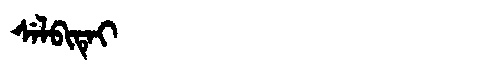
Manchu: ᠰᡝᠯᠪᡳᡨᡝᡳ
Romanization: SELBITEI